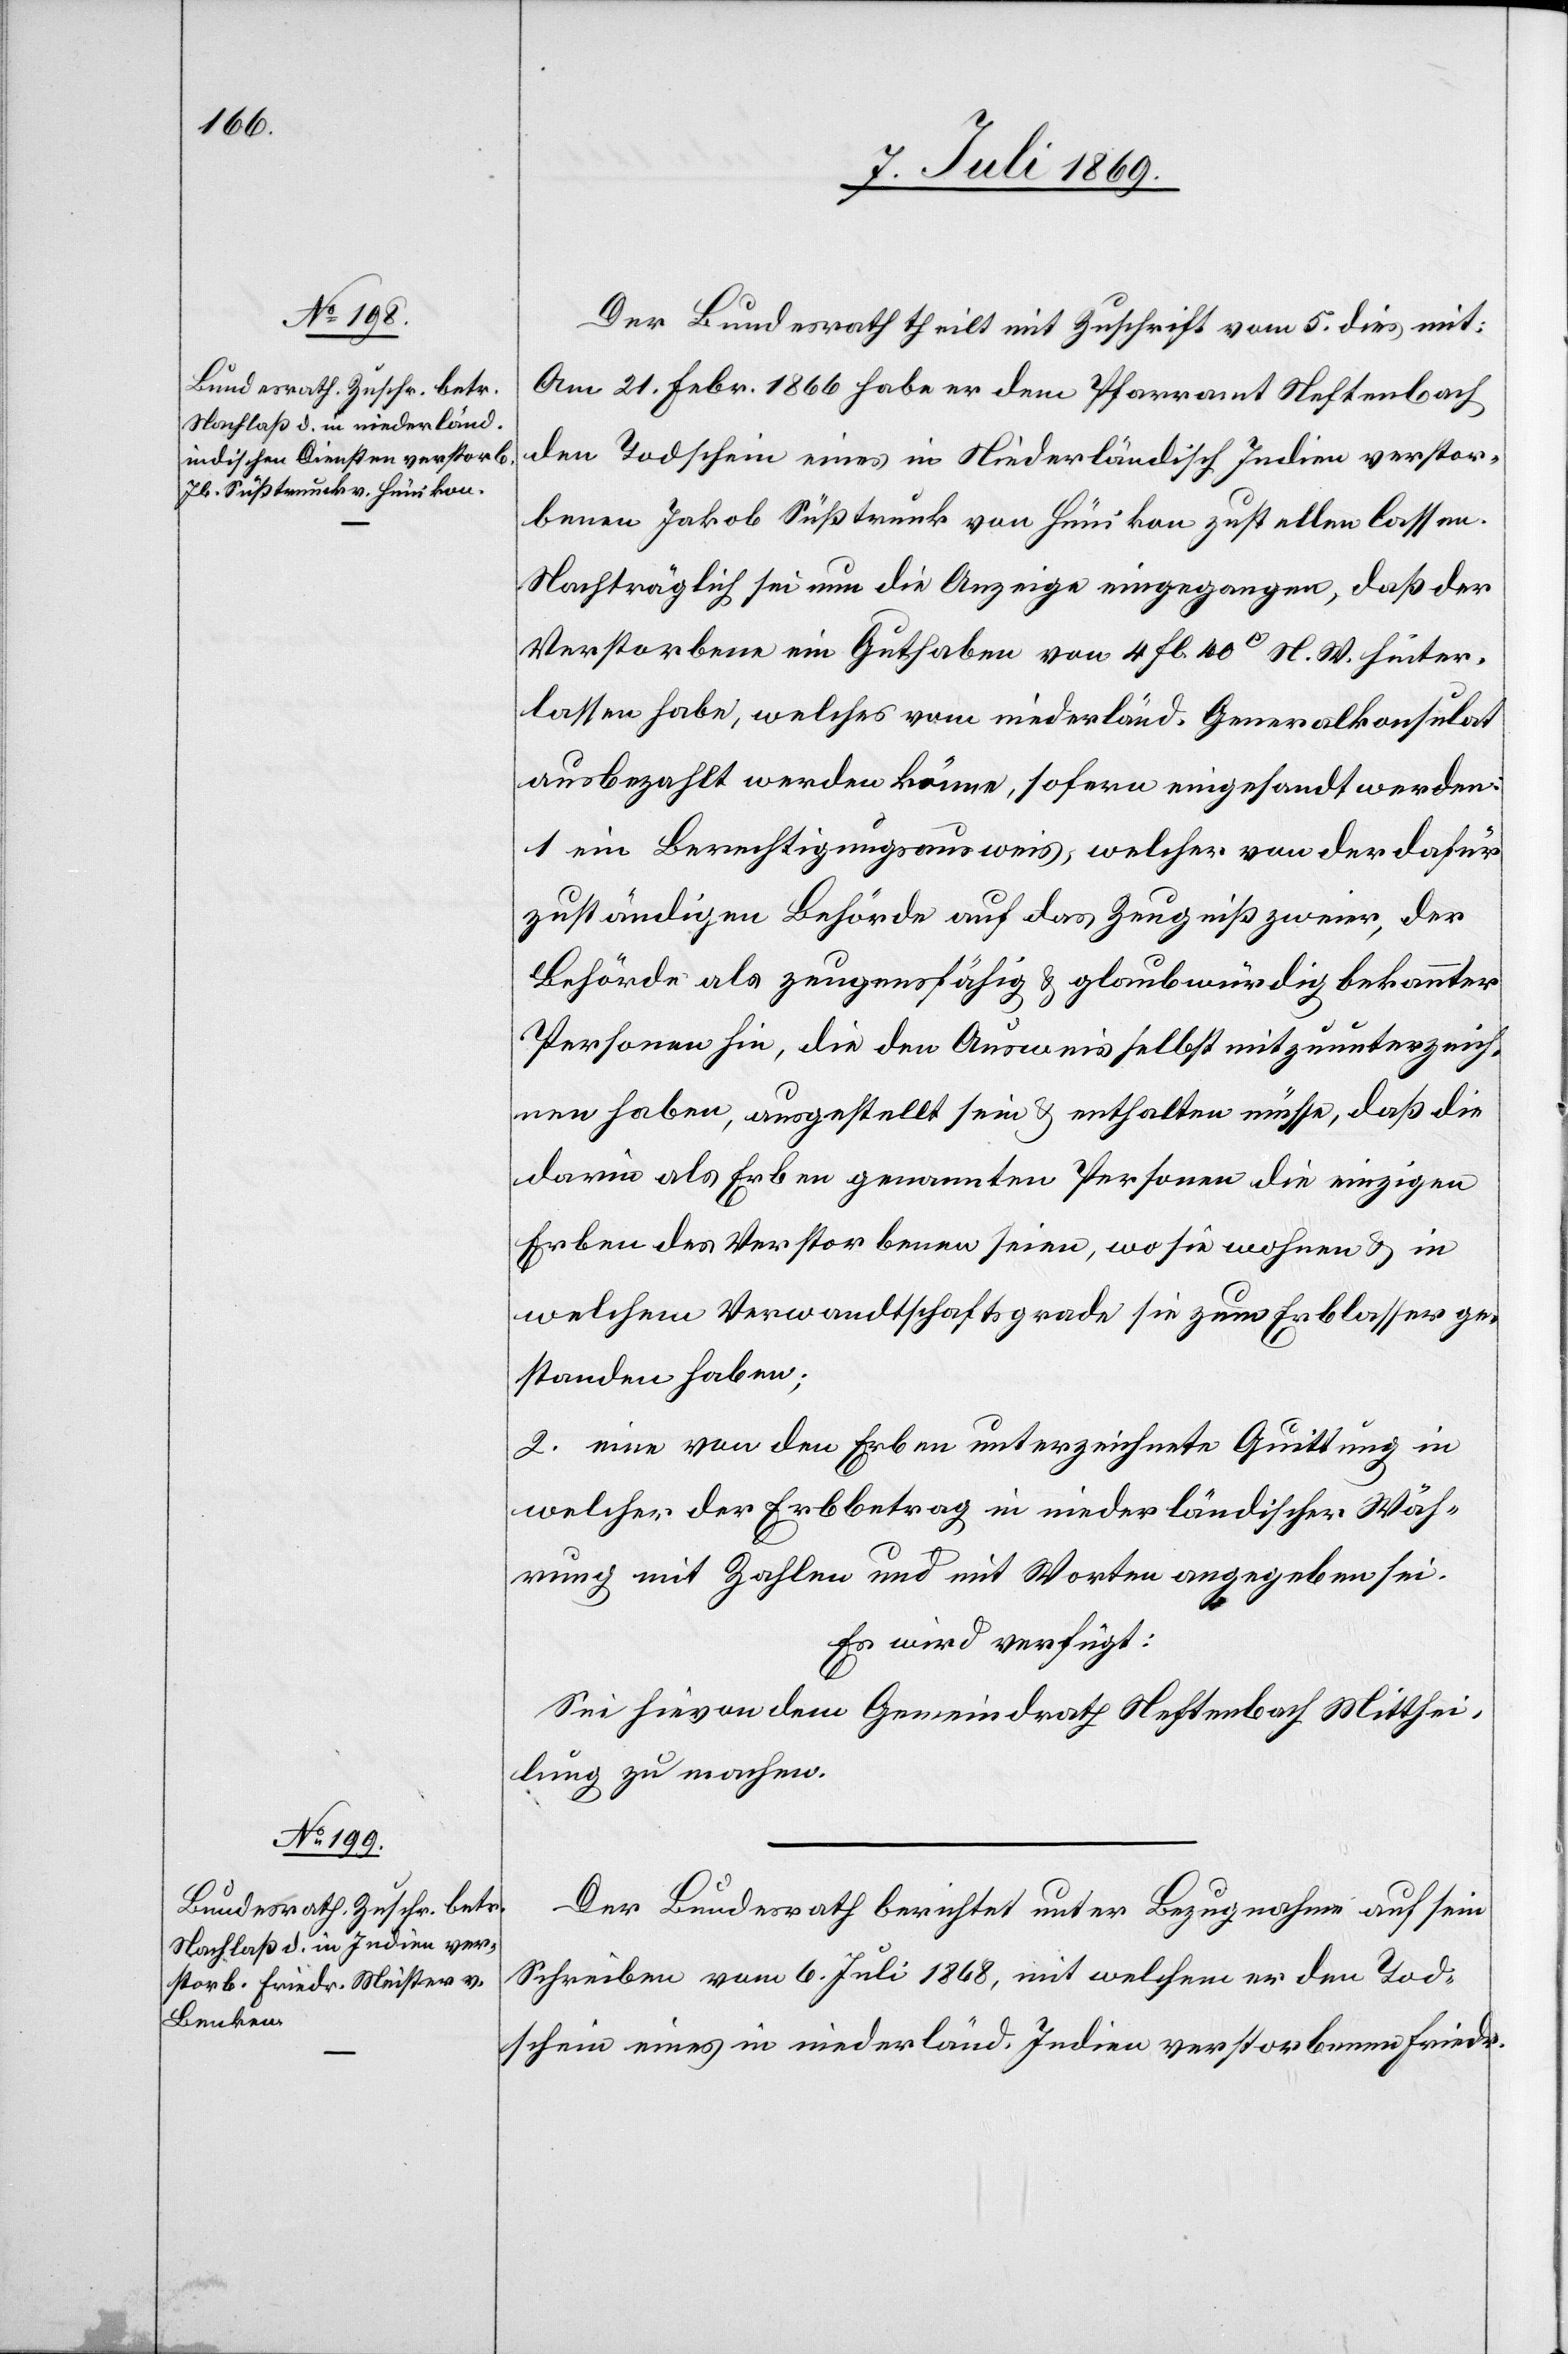
9. Juli 1869.]
Der Bundesrath theilt mit Zuschrift vom 5. dies mit:
Am 21. Febr. 1866 habe er dem Pfarramt Neftenbach
den Todschein eines in Niederländisch Indien verstor¬
benen Jakob Süßtrunk von Hünikon zustellen lassen.
Nachträglich sei nun die Anzeige eingegangen, daß der
Verstorbene ein Guthaben von 4 fl. 40c N. W. hinter¬
lassen habe, welches vom niederländ. Generalkonsulat
ausbezahlt werden könne, sofern eingesandt werden:
1. ein Berechtigungsausweis, welcher von der dafür
zuständigen Behörde auf das Zeugniß zweier, der
Behörde als zeugensfähig u. glaubwürdig bekannter
Personen hin, die den Ausweis selbst mitzuunterzeich¬
nen haben, ausgestellt sein u. enthalten müsse, daß die
darin als Erben genannten Personen die einzigen
Erben des Verstorbenen seien, wo sie wohnen u. in
welchem Verwandtschaftsgrade sie zum Erblasser ge¬
standen haben.
2. eine von den Erben unterzeichnete Quittung in
welcher der Erbbetrag in niederländischer Wäh¬
rung mit Zahlen und mit Worten angegeben sei.
Es wird verfügt:
Sei hievon dem Gemeindrath Neftenbach Mitthei¬
lung zu machen.
Der Bundesrath berichtet unter Bezugnahme auf sein
Schreiben vom 6. Juli 1868, mit welchem er den Tod¬
schein eines in niederländ. Indien verstorbenen Friedr.